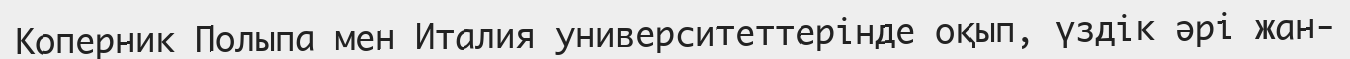
Коперник Полыпа мен Италия университеттерінде оқып, үздік әрі жан-